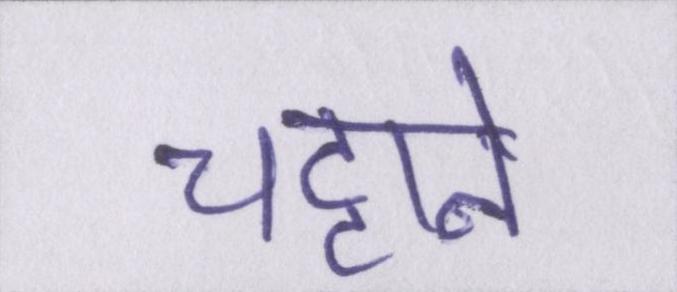
चट्टाने